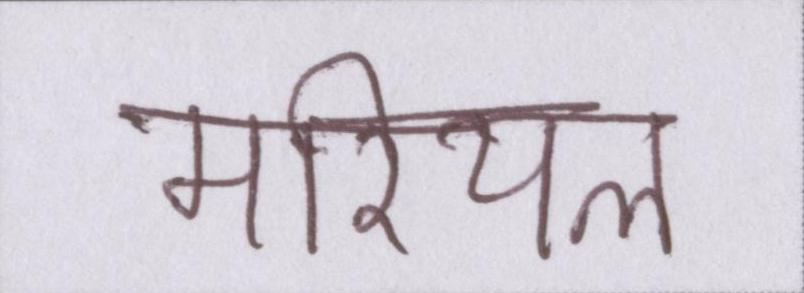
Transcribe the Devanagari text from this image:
मरियल